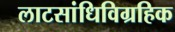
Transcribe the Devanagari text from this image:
लाटसांधिविग्रहिक